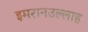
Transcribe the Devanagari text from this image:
इमरानउल्लाह